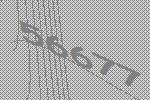
56677